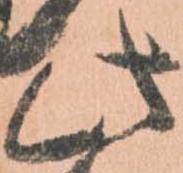
此